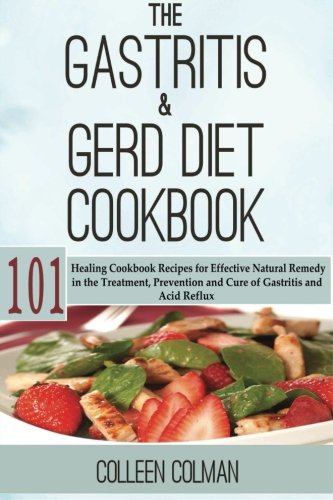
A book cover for The Gastritis & GERD Diet Cookbook: 101 Healing Cookbook Recipes for Effective Natural Remedy in the Treatment, Prevention and Cure of Gastritis and Acid Reflux; Colleen Colman; Health, Fitness & Dieting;